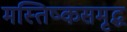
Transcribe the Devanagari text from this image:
मस्तिष्कसमृद्ध